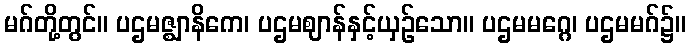
မဂ်တို့တွင်။ ပဌမဇ္ဈာနိကေ၊ ပဌမဈာန်နှင့်ယှဉ်သော။ ပဌမမဂ္ဂေ၊ ပဌမမဂ်၌။